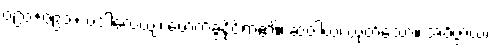
ဝ၉၀+ဝ၉၁+ ပဒါလေယျ၊ ဖောက်ခွနိုင်ရာ၏။ ဆဝါယ၊ ယုတ်သော။ အဝိဇ္ဇာယ၊